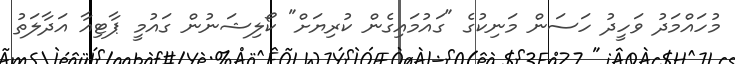
މުހައްމަދު ވަހީދު ހަސަން މަނިކުގެ "ގައުމައިގެން ކުރިޔަށް" ކޯލިޝަނުން ގައުމީ ޕާޓިއާ އަދާލަތު